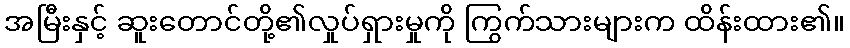
အမြီးနှင့် ဆူးတောင်တို့၏လှုပ်ရှားမှုကို ကြွက်သားများက ထိန်းထား၏။